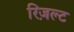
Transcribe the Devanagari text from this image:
रिज़ल्ट